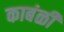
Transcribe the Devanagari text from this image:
काबंळी